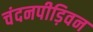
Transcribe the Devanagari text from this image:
चंदनपीड़िवन